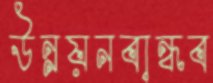
উন্নয়নবান্ধব